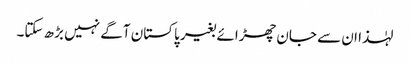
لہٰذا ان سے جان چھڑائے بغیر پاکستان آگے نہیں بڑھ سکتا۔